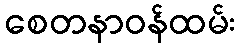
စေတနာဝန်ထမ်း